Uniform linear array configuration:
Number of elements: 64
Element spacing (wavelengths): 0.5
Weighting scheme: hamming
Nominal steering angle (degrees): -60
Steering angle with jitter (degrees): -59.08
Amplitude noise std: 0.05
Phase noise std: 0.05

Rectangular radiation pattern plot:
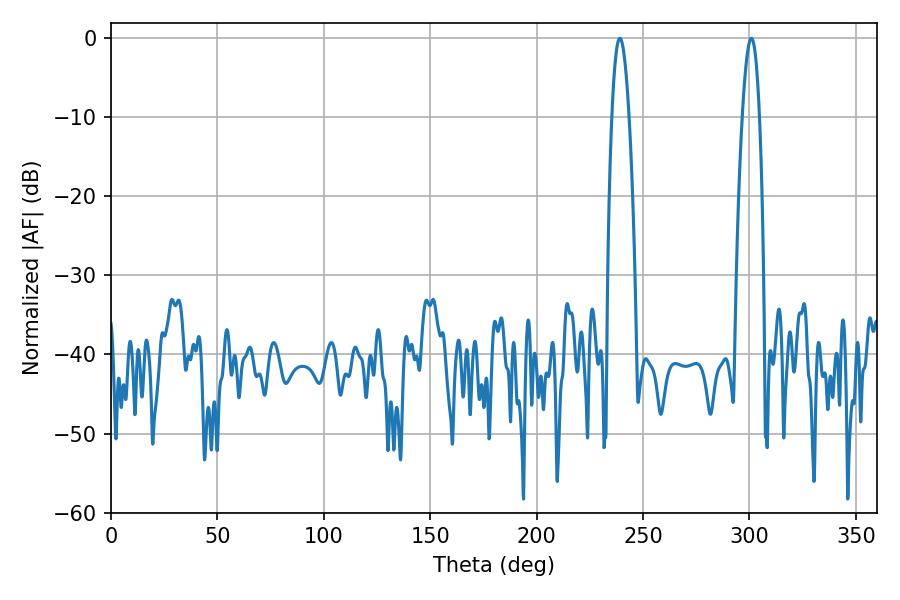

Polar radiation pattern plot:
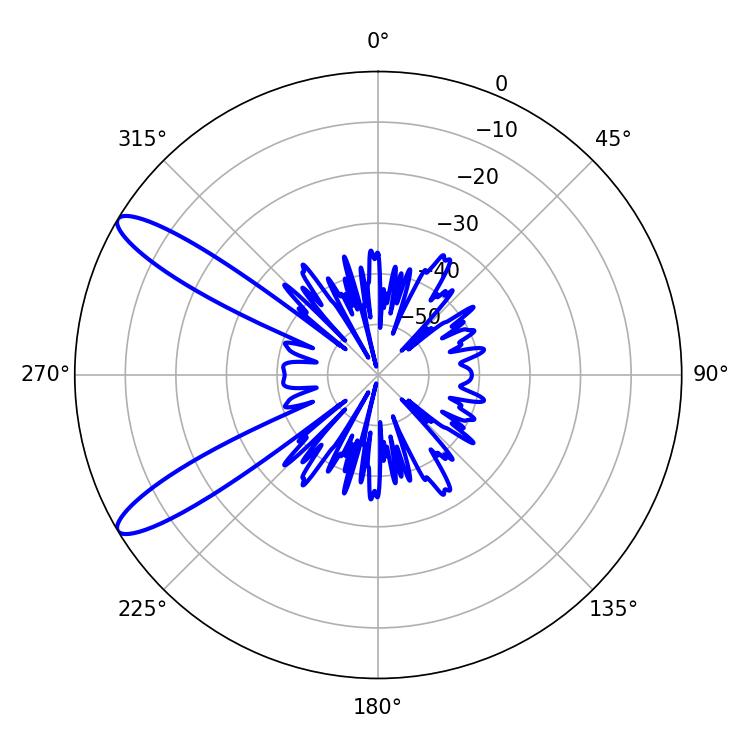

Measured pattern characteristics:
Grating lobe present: FALSE
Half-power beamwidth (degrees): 4.32
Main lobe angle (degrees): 300.96